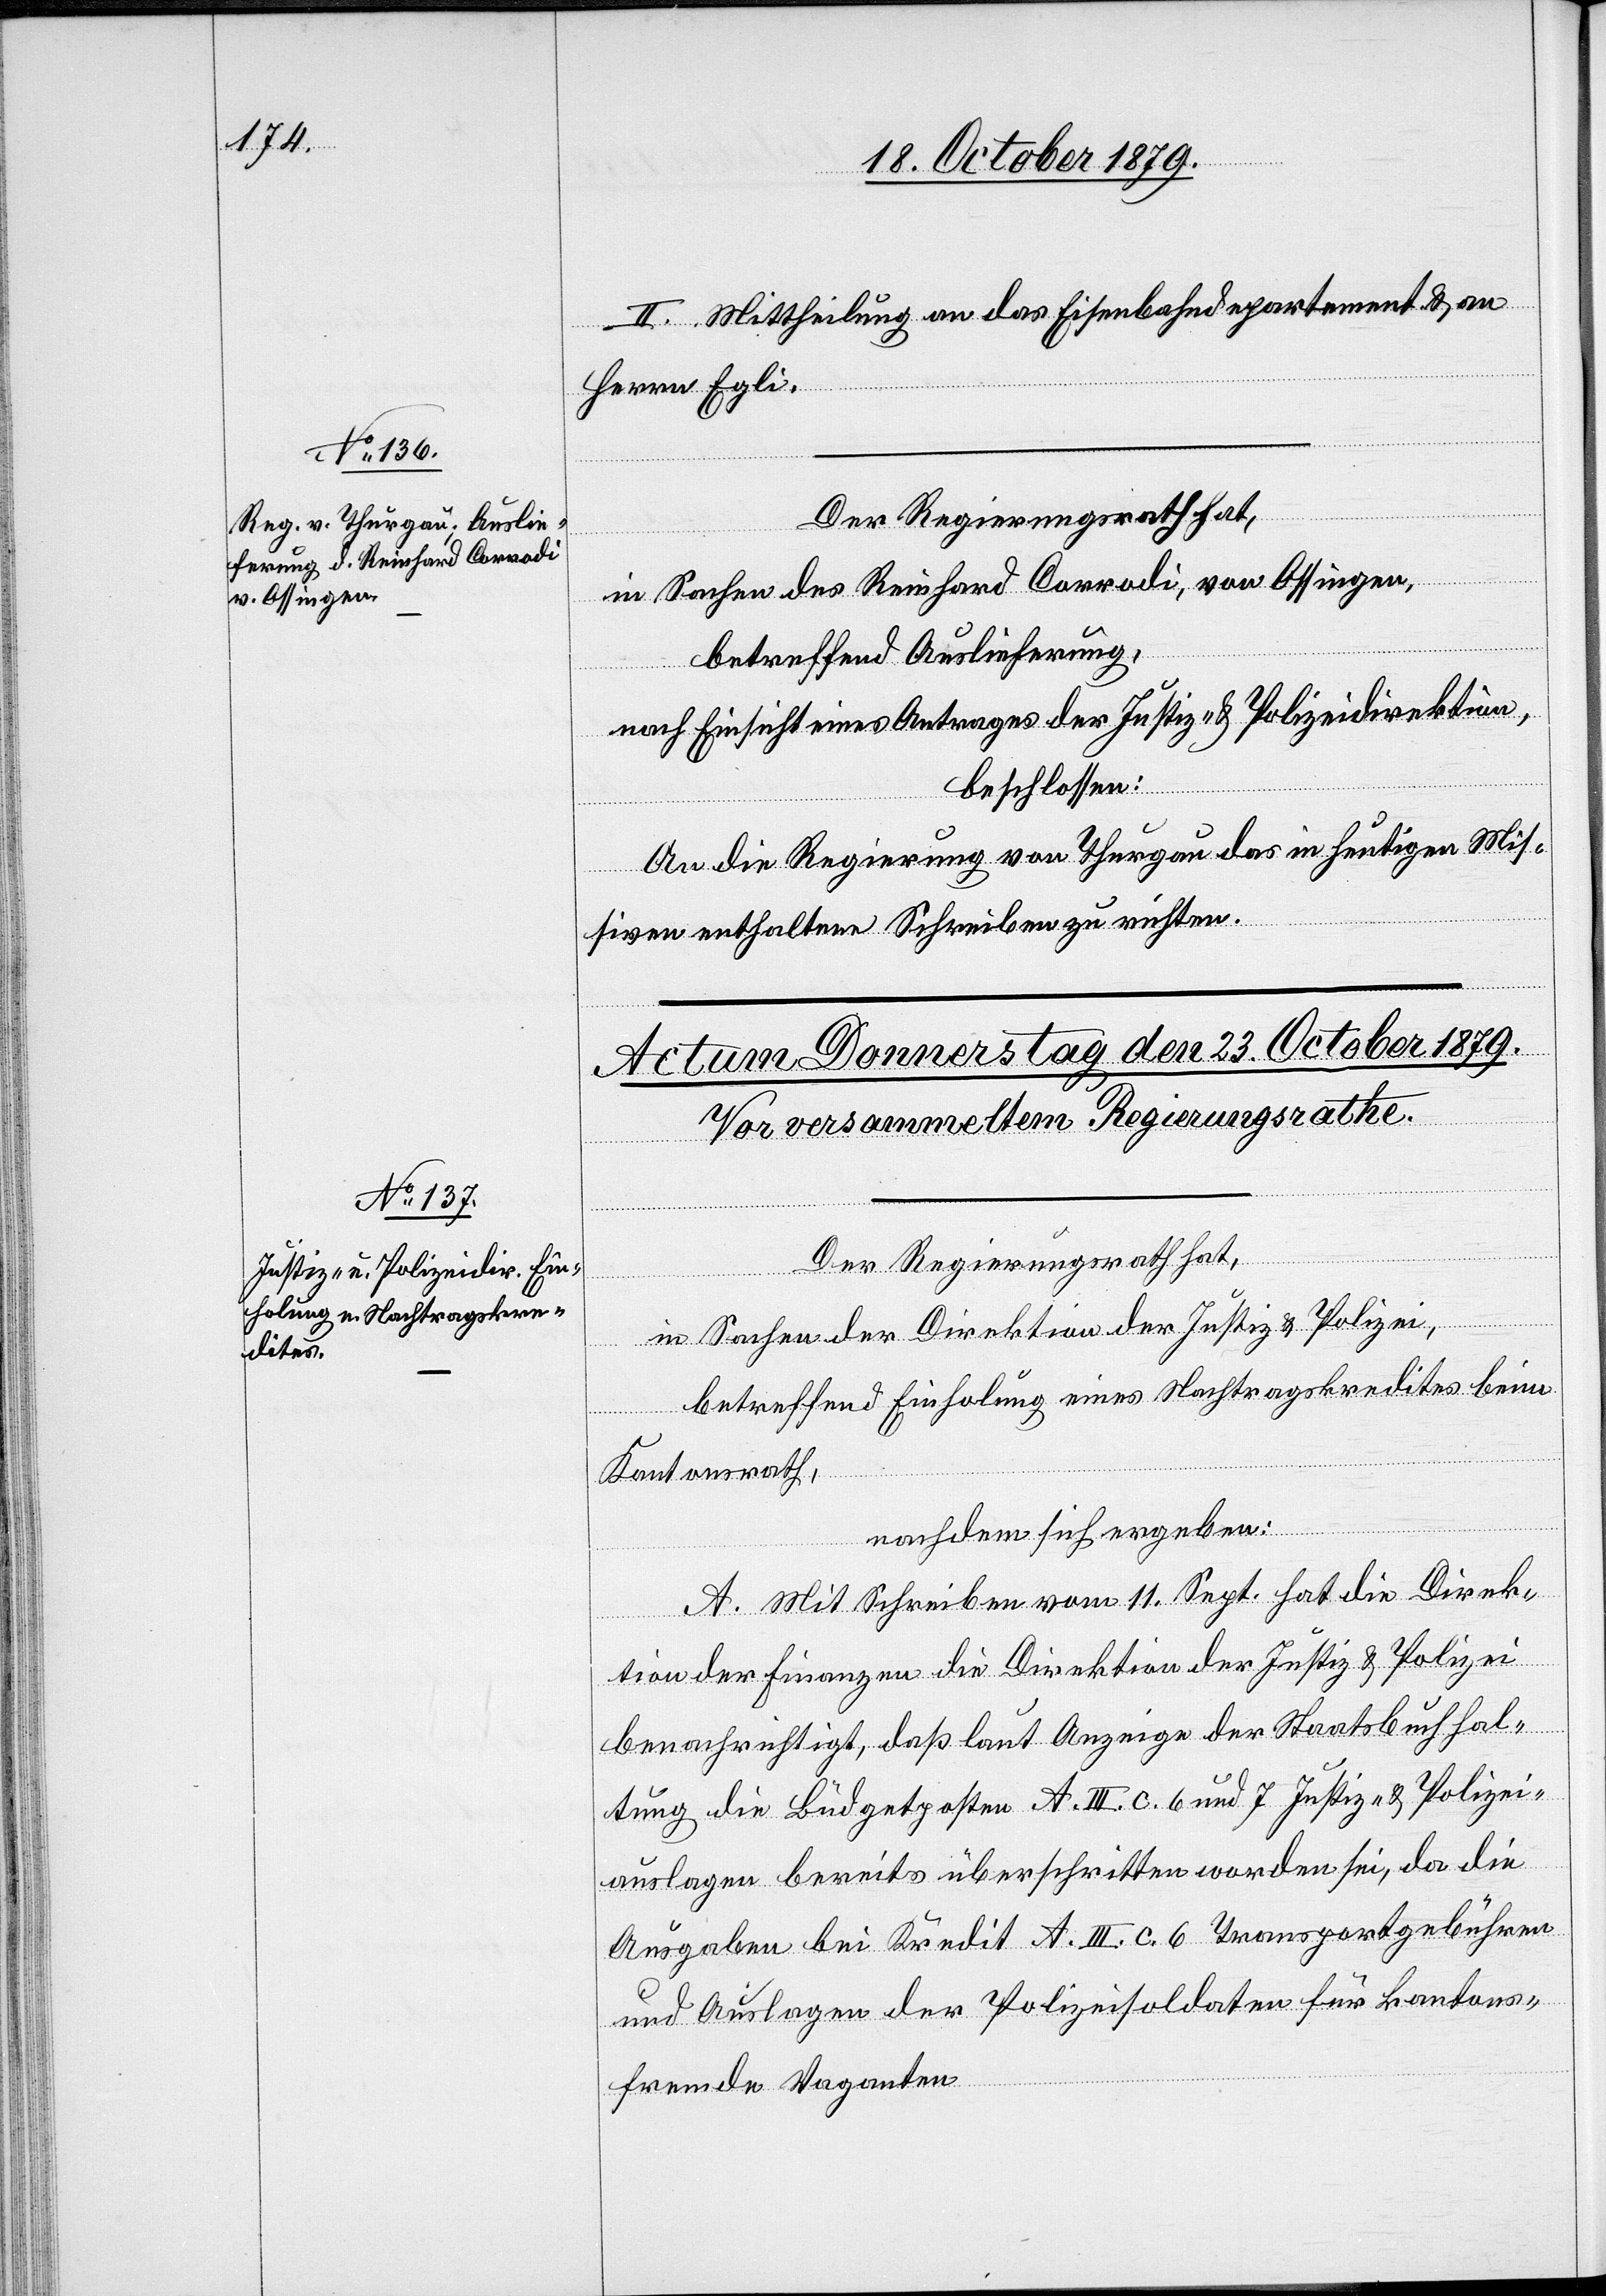
22. October 1879.]
II. Mittheilung an das Eisenbahndepartement & an
Herrn Egli.
Der Regierungsrath hat,
in Sachen des Reinhard Corradi, von Ossingen,
betreffend Auslieferung,
nach Einsicht eines Antrages der Justiz- & Polizeidirektion,
beschlossen:
An die Regierung von Thurgau das in heutigen Mis¬
siven enthaltene Schreiben zu richten.
fügungen
Der Regierungsrath hat,
in Sachen der Direktion der Justiz & Polizei,
betreffend Einholung eines Nachtragskredites beim
Kantonsrath,
nachdem sich ergeben:
A. Mit Schreiben vom 11. Sept. hat die Direk¬
tion der Finanzen die Direktion der Justiz & Polizei
benachrichtigt, daß laut Anzeige der Staatsbuchhal¬
tung die Büdgetposten A. III. c. 6 und 7 Justiz- & Polizei¬
auslagen bereits überschritten worden sei, da die
Ausgaben bei Kredit A. III. c. 6 Transportgebühren
und Auslagen der Polizeisoldaten für kantons¬
fremde Vaganten